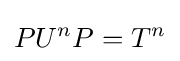
PU^{n}P=T^{n}